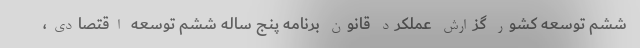
ششم توسعه کشور گزارش عملکرد قانون برنامه پنج ساله ششم توسعه اقتصادی،